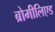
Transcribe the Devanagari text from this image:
ब्रोमीलिएड